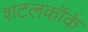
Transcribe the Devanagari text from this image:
शटलकॉर्क